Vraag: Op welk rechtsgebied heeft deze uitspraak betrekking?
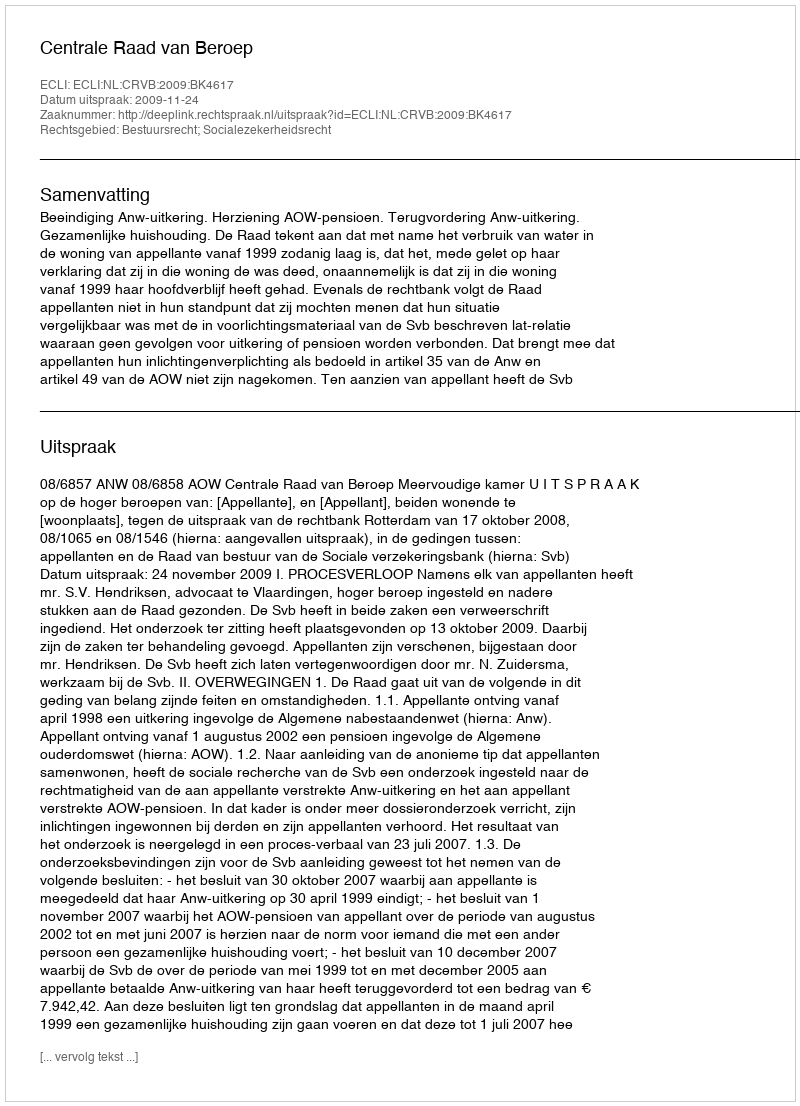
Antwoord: Bestuursrecht; Socialezekerheidsrecht